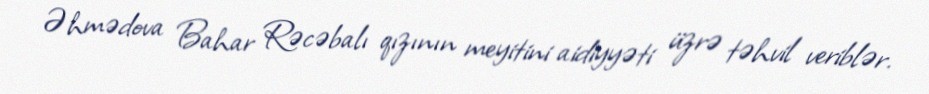
Əhmədova Bahar Rəcəbalı qızının meyitini aidiyyəti üzrə təhvil veriblər.